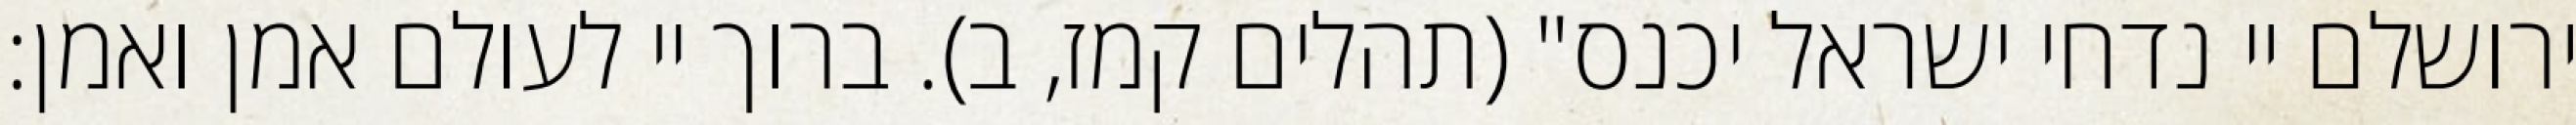
ירושלם יי נדחי ישראל יכנס" (תהלים קמז, ב). ברוך יי לעולם אמן ואמן: